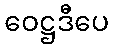
ဝေဋ္ဌဒီပေ